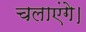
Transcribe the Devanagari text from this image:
चलाएंगे।